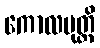
ကောလပုတ္တိ